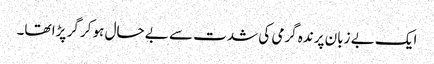
ایک بے زبان پرندہ گرمی کی شدت سے بے حال ہو کر گر پڑا تھا۔